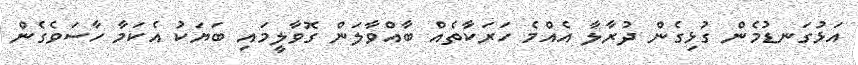
އަޅުގަނޑުމެން ގުޅިގެން ދުރާލާ އެއްމެ ހަރަކާތެއްް ބާއްވާލަން ގޮވާލީމައި ބަޔަކު އެކަމާ ހާސަވެގެން